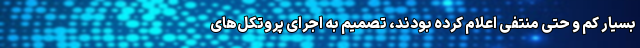
بسیار کم و حتی منتفی اعلام کرده بودند، تصمیم به اجرای پروتکل‌های